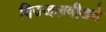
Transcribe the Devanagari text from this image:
विज्जलवीडचे